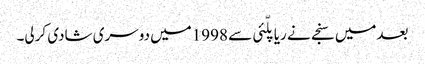
بعدمیں سنجے نے ریاپلّئی سے 1998میں دوسری شادی کرلی۔